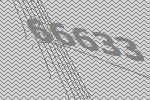
66633